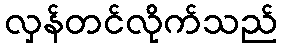
လှန်တင်လိုက်သည်